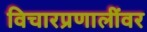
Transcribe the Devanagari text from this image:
विचारप्रणालींवर